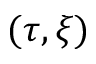
( \tau , \xi )